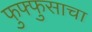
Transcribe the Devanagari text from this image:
फुफ्‍फुसाचा